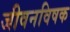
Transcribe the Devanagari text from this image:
जीवनविषक